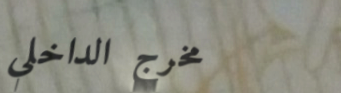
مخرج الداخلي